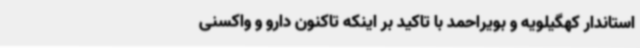
استاندار کهگیلویه و بویراحمد با تاکید بر اینکه تاکنون دارو و واکسنی